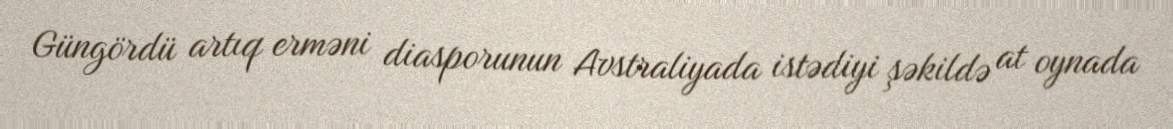
Güngördü artıq erməni diasporunun Avstraliyada istədiyi şəkildə at oynada